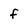
Character: f